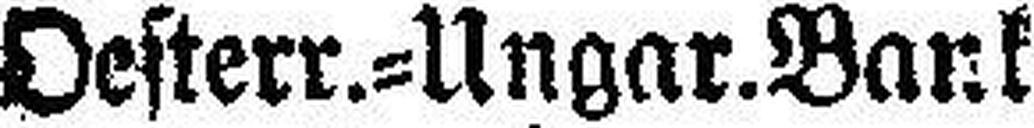
Oesterr.=Ungar.Bank